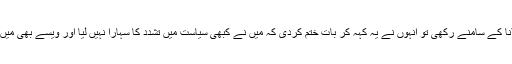
یہ دعویٰ بہت تشویشناک تھا لہٰذا میں نے یہ تشویش مولانا کے سامنے رکھی تو انہوں نے یہ کہہ کر بات ختم کردی کہ میں نے کبھی سیاست میں تشدد کا سہارا نہیں لیا اور ویسے بھی میں عمران خان کو شہادت کا رتبہ دینے کے لیے تیار نہیں۔